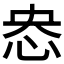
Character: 𢘲